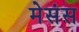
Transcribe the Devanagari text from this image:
मेसंस